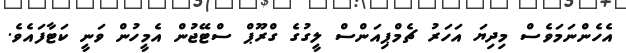
އެހެންނަމަވެސް މިދިޔަ އަހަރު ޗެމްޕިއަންސް ލީގުގެ ގްރޫޕް ސްޓޭޖުން އެމީހުން ވަނީ ކަޓާފައެވެ.